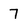
Character: 7